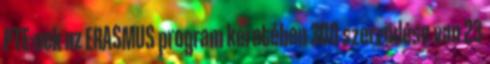
PTE-nek az ERASMUS program keretében 300 szerzõdése van 23